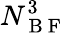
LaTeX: N_{\mathrm{~B~F~}}^{3}